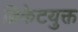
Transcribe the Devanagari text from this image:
ब्रिकेटयुक्त